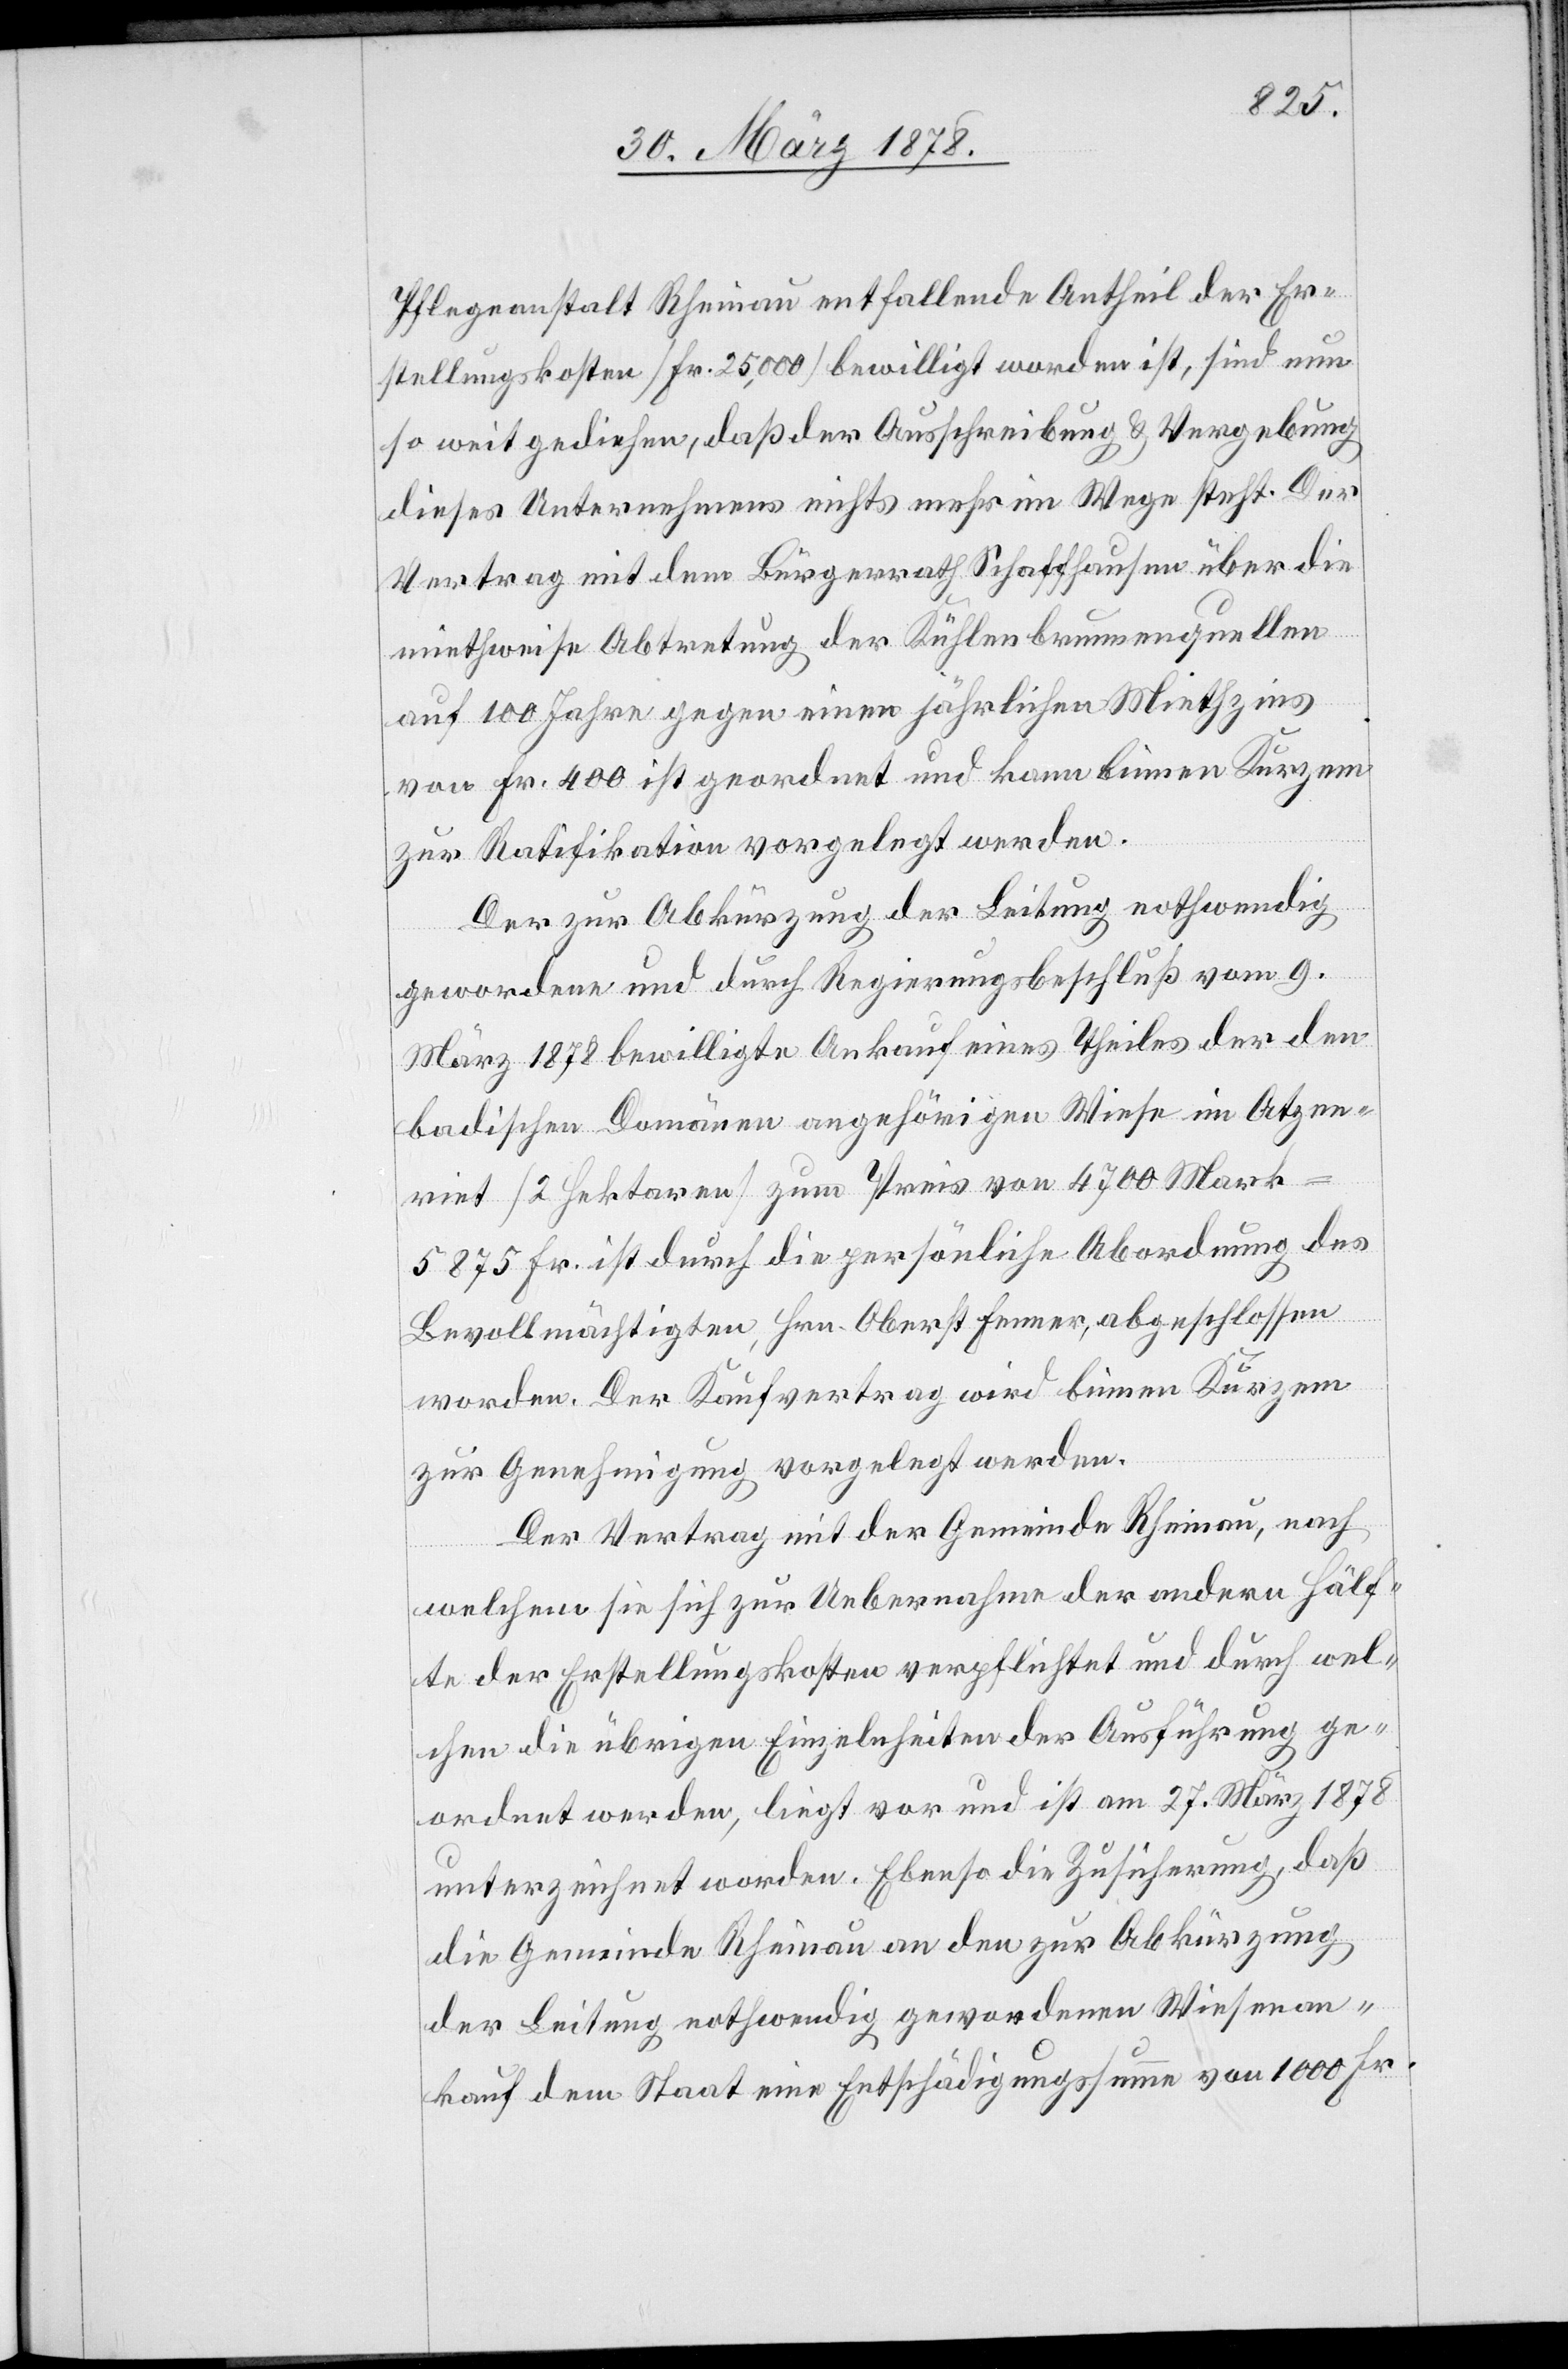
Pflegeanstalt Rheinau entfallende Antheil der Er¬
stellungskosten (Fr. 25,000) bewilligt worden ist, sind nun
so weit gediehen, daß der Ausschreibung & Vergebung
dieses Unternehmens nichts mehr im Wege steht. Der
Vertrag mit dem Bürgerrath Schaffhausen über die
miethweise Abtretung der Kühlenbrunnenquellen
auf 100 Jahre gegen einen jährlichen Miethzins
von Fr. 400 ist geordnet und kann binnen Kurzem
zur Ratifikation vorgelegt werden.
Der zur Abkürzung der Leitung nothwendig
gewordene und durch Regierungsbeschluß vom 9.
März 1878 bewilligte Ankauf eines Theiles der den
badischen Domänen angehörigen Wiese im Atzen¬
riet (2 Hektaren) zum Preis von 4700 Mark
5875 Fr. ist durch die persönliche Abordnung des
Bevollmächtigten, Hrn. Oberst Ferner, abgeschlossen
worden. Der Kaufvertrag wird binnen Kurzem
zur Genehmigung vorgelegt werden.
Der Vertrag mit der Gemeinde Rheinau, nach
welchem sie sich zur Uebernahme der andern Hälf¬
te der Erstellungskosten verpflichtet und durch wel¬
chen die übrigen Einzelnheiten der Ausführung ge¬
ordnet werden, liegt vor und ist am 27. März 1878
unterzeichnet worden. Ebenso die Zusicherung, daß
die Gemeinde Rheinau an den zur Abkürzung
der Leitung nothwendig gewordenen Wiesenan¬
kauf dem Staat eine Entschädigungssumme von 1000 Fr.